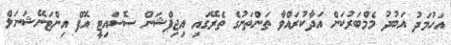
އަހުމަދު އަބުދު މެމްބަރުކަން އަދާކުރައްވާ ތަންތަނުގެ ތެރޭގައި އިޖިޕްޝަން ސޮސައިޓީ އޮފް އިންޓަނޭޝަނަލް